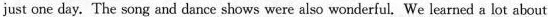
just one day. The song and dance shows were also wonderful.We learned a lot about